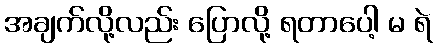
အချက်လို့လည်း ပြောလို့ ရတာပေါ့ မ ရဲ